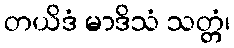
တယိဒံ မာဒိသံ သတ္တံ၊